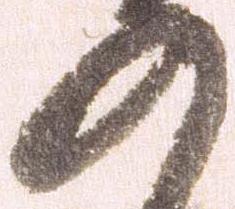
の